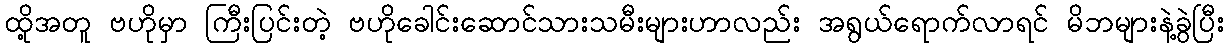
ထို့အတူ ဗဟိုမှာ ကြီးပြင်းတဲ့ ဗဟိုခေါင်းဆောင်သားသမီးများဟာလည်း အရွယ်ရောက်လာရင် မိဘများနဲ့ခွဲပြီး